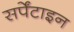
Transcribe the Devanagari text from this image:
सर्पेंटाइन